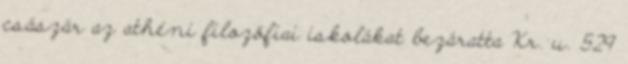
császár az athéni filozófiai iskolákat bezáratta Kr. u. 529